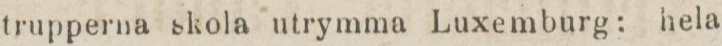
trupperna skola utrymma Luxemburg: hela